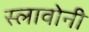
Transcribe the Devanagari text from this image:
स्लावोनी